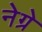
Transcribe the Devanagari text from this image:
नेग्रे